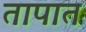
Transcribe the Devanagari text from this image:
तापात